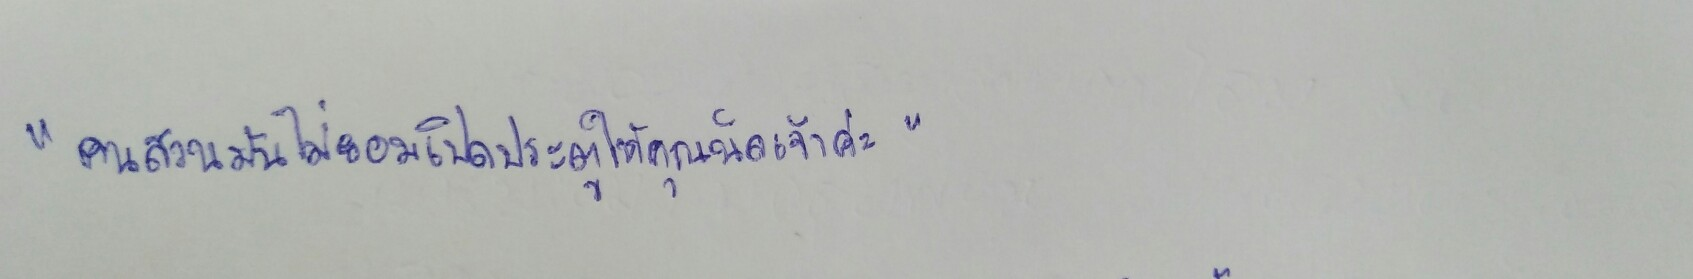
"คนสวนมันไม่ยอมไปเปิดประตูให้คุณนิดเจ้าค่ะ"